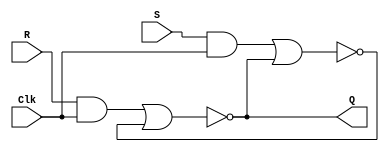
module part1 (Clk, R, S, Q);
  input Clk, R, S;
  output Q;

  wire R_g, S_g, Qa, Qb /* synthesis keep */;

  assign R_g = R & Clk;
  assign S_g = S & Clk;
  assign Qa = ~(R_g | Qb);
  assign Qb = ~(S_g | Qa);

  assign Q = Qa;
endmodule